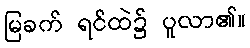
မြခက် ရင်ထဲ၌ ပူလာ၏။